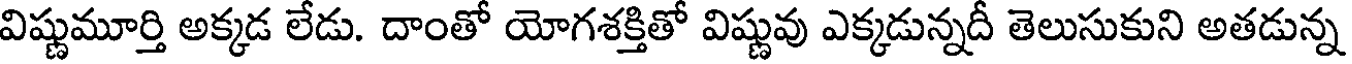
విష్ణుమూర్తి అక్కడ లేడు. దాంతో యోగశక్తితో విష్ణువు ఎక్కడున్నదీ తెలుసుకుని అతడున్న